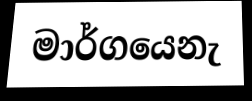
මාර්ගයෙනැ